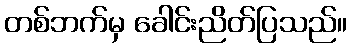
တစ်ဘက်မှ ခေါင်းညိတ်ပြသည်။